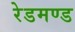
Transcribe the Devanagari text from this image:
रेडमण्ड